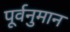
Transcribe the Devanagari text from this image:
पूर्वनुमान